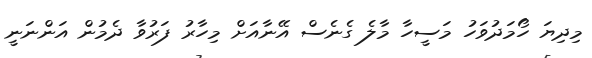
މިދިޔަ ހޯމަދުވަހު މަސީހާ މާލެ ގެނެސް އޭނާއަށް މިހާރު ފަރުވާ ދެމުން އަންނަނީ